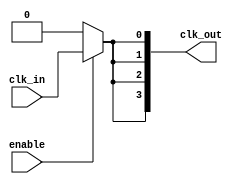
module ClockTreeBuffer (
    input wire clk_in,       // Input clock
    input wire enable,       // Enable signal for clock gating
    output wire [N-1:0] clk_out // Array of output clocks
);

// Parameter definition
parameter N = 4; // Number of clock outputs
parameter NUM_STAGES = 2; // Number of buffer stages

// Internal signals
wire clk_gated; // Gated clock signal
wire [N-1:0] clk_buf_stages[NUM_STAGES-1:0]; // Buffer stages

// Clock Gating Logic
assign clk_gated = enable ? clk_in : 1'b0;

// Buffering stages
genvar i, j;
generate 
    // First Stage Buffers
    for (i = 0; i < N; i = i + 1) begin : buffer_stage_0
        // Simple buffer to amplify the clock signal
        assign clk_buf_stages[0][i] = clk_gated; // Direct connection for first stage
    end
    
    // Subsequent Buffer Stages
    for (j = 1; j < NUM_STAGES; j = j + 1) begin : buffer_stage_n
        for (i = 0; i < N; i = i + 1) begin : buffer_copy
            assign clk_buf_stages[j][i] = clk_buf_stages[j-1][i]; // Pass through for simplicity
        end
    end
endgenerate

// Output stage assigning buffered clock signals to output
generate
    for (i = 0; i < N; i = i + 1) begin : output_assignment
        assign clk_out[i] = clk_buf_stages[NUM_STAGES-1][i]; // Final stage output
    end
endgenerate

endmodule